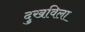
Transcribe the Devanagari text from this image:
दुखविला